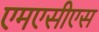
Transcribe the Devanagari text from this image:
एमएसीएस